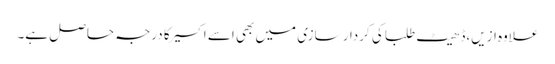
علاوه ازیں،ڈھیٹ طلبا کی کردار سازی میں بھی اسے اکسیر کا درجہ حاصل ہے۔